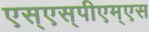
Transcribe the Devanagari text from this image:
एस्‌एस्‌पीएम्‌एस